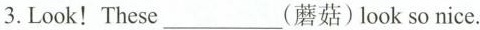
3. Look! These ___ (蘑菇)look so nice.